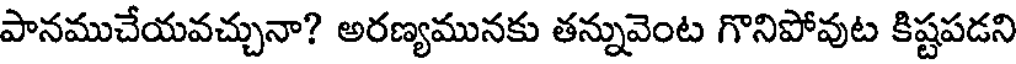
పానముచేయవచ్చునా? అరణ్యమునకు తన్నువెంట గొనిపోవుట కిష్టపడని